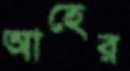
আহের